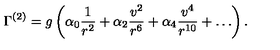
\Gamma ^ { ( 2 ) } = g \left( \alpha _ { 0 } { \frac { 1 } { r ^ { 2 } } } + \alpha _ { 2 } { \frac { v ^ { 2 } } { r ^ { 6 } } } + \alpha _ { 4 } { \frac { v ^ { 4 } } { r ^ { 1 0 } } } + \dots \right) .